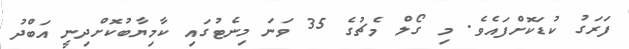
ފަރަގު ކުޑަކޮށްފައެވެ. މި ގޯލް މެޗުގެ 35 ވަނަ މިނެޓުގައި ކާމިޔާބުކޮށްދިނީ އަބްދު